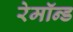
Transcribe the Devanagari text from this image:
रेमॉन्ड